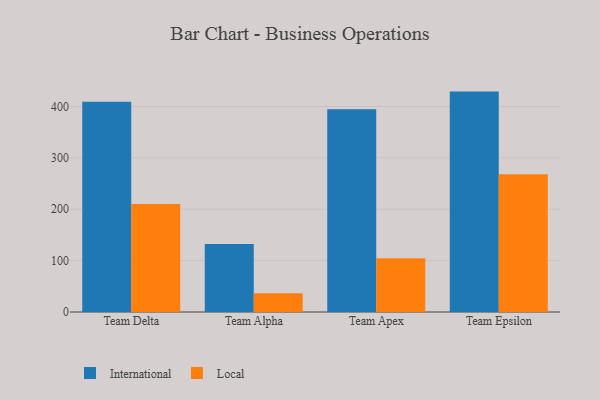
{"axis": {"x": "Team", "y": "Revenue (USD Million)"}, "legend": ["International", "Local"], "data": [{"x": "Team Delta", "y": 409.4, "type": "International"}, {"x": "Team Delta", "y": 210.3, "type": "Local"}, {"x": "Team Alpha", "y": 132.2, "type": "International"}, {"x": "Team Alpha", "y": 36.4, "type": "Local"}, {"x": "Team Apex", "y": 394.9, "type": "International"}, {"x": "Team Apex", "y": 104.8, "type": "Local"}, {"x": "Team Epsilon", "y": 429.1, "type": "International"}, {"x": "Team Epsilon", "y": 268.0, "type": "Local"}]}